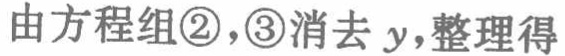
由方程组\textcircled{2}，\textcircled{3}消去 \(y\)，整理得